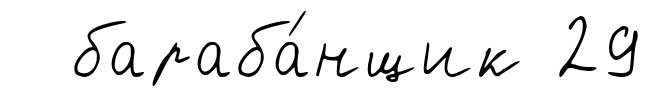
бараба́нщик 29